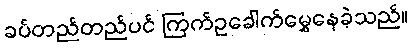
ခပ်တည်တည်ပင် ကြက်ဥခေါက်မွှေနေခဲ့သည်။